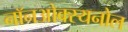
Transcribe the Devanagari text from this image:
नॉनओक्स्यनोल